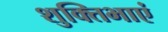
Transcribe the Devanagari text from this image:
शुक्तिभाएं